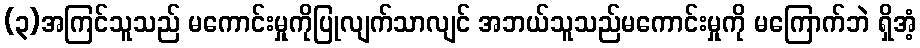
(၃)အကြင်သူသည် မကောင်းမှုကိုပြုလျက်သာလျင် အဘယ်သူသည်မကောင်းမှုကို မကြောက်ဘဲ ရှိအံ့